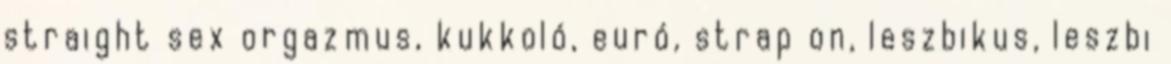
straight sex orgazmus, kukkoló, euró, strap on, leszbikus, leszbi